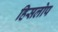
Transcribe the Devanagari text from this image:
हिसलोप